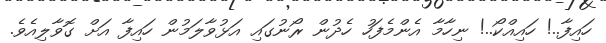
ހައިފާ..! ހައިއްކޯ..! ނިހާމާ އެންމެފަހު ހެދުން ރޯނުގައި އަޅުވާލަމުން ހައިފާ އަށް ގޮވާލިއެވެ.